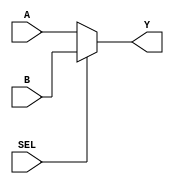
`timescale 1ns / 1ps

module Mux_2x1(
    input [63:0] A,B,
    input SEL,
    output reg[63:0] Y
    );
  always @ (A or B or SEL)
    begin 
      if (SEL==0)
        Y=A;
      else
        Y=B;
   end
endmodule